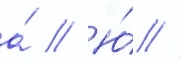
а́ // Ю́ //